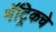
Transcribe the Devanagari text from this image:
मॅट्रिकचे